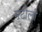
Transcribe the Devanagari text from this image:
मटौली